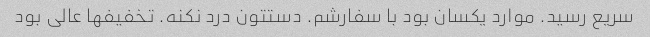
سریع رسید. موارد یکسان بود با سفارشم. دستتون درد نکنه. تخفیفها عالی بود